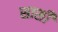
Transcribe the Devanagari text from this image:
सार्सी